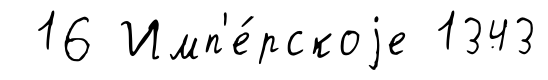
16 Имп'е́рскоjе 1343